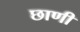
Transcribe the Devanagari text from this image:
छाणी